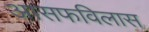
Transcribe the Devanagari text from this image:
आसफविलास